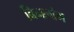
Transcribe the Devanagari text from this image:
बिनलांग